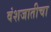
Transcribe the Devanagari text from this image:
वंशजातीचा